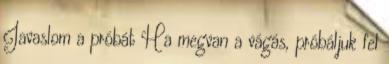
Javaslom a próbát Ha megvan a vágás, próbáljuk fel